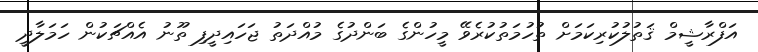
އަފްރާޝީމް ޤަތުލުކުރިކަމަށް ތުހުމަތުކުރެވޭ މީހުންގެ ބަންދުގެ މުއްދަތު ޖަހައިދީފި ތޫނު އެއްޗަކުން ހަމަލާދީ